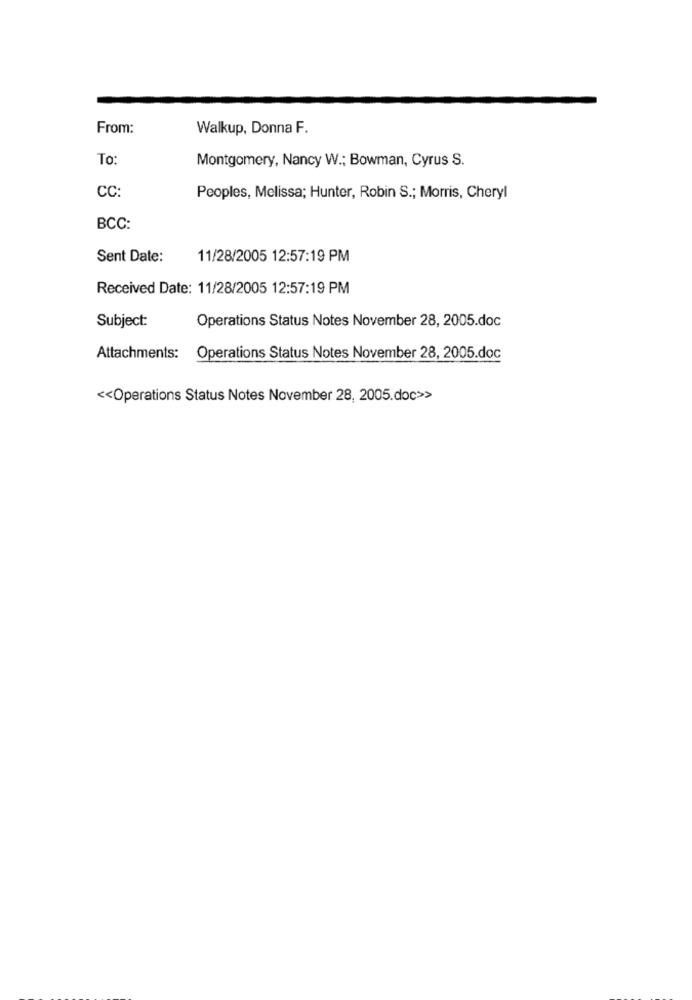
From:
Walkup, Donna F.
To:
Montgomery, Nancy W .; Bowman, Cyrus S.
CC:
Peoples, Melissa; Hunter, Robin S .; Morris, Cheryl
BCC:
Sent Date:
11/28/2005 12:57:19 PM
Received Date: 11/28/2005 12:57:19 PM
Subject:
Operations Status Notes November 28, 2005.doc
Attachments:
Operations Status Notes November 28, 2005.doc
<< Operations Status Notes November 28, 2005.doc>>